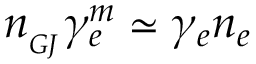
n _ { _ { G J } } \gamma _ { e } ^ { m } \simeq \gamma _ { e } n _ { e }